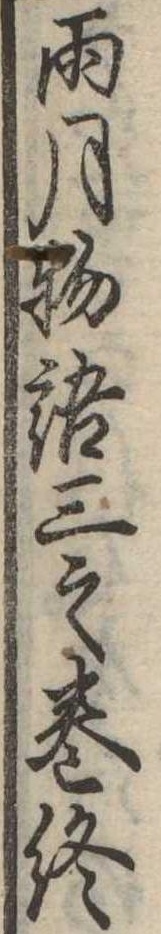
雨月物語三之巻終